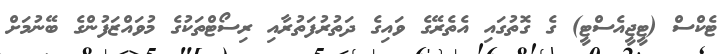
ޓެކްސް (ޓީޖީއެސްޓީ) ގެ ގޮތުގައި އެތެރޭގެ ވައިގެ ދަތުރުފަތުރާއި ރިސޯޓްތަކުގެ މުވައްްޒަފުންގެ ބޭނުމަށް